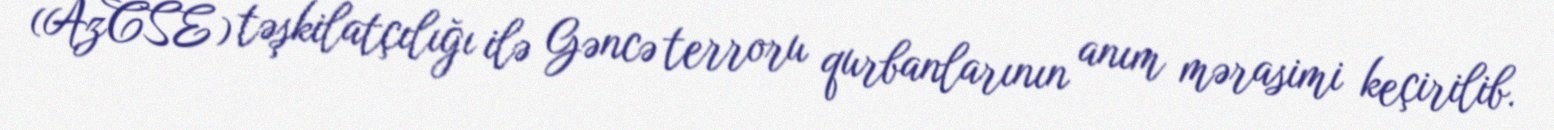
(AzCSE) təşkilatçılığı ilə Gəncə terroru qurbanlarının anım mərasimi keçirilib.